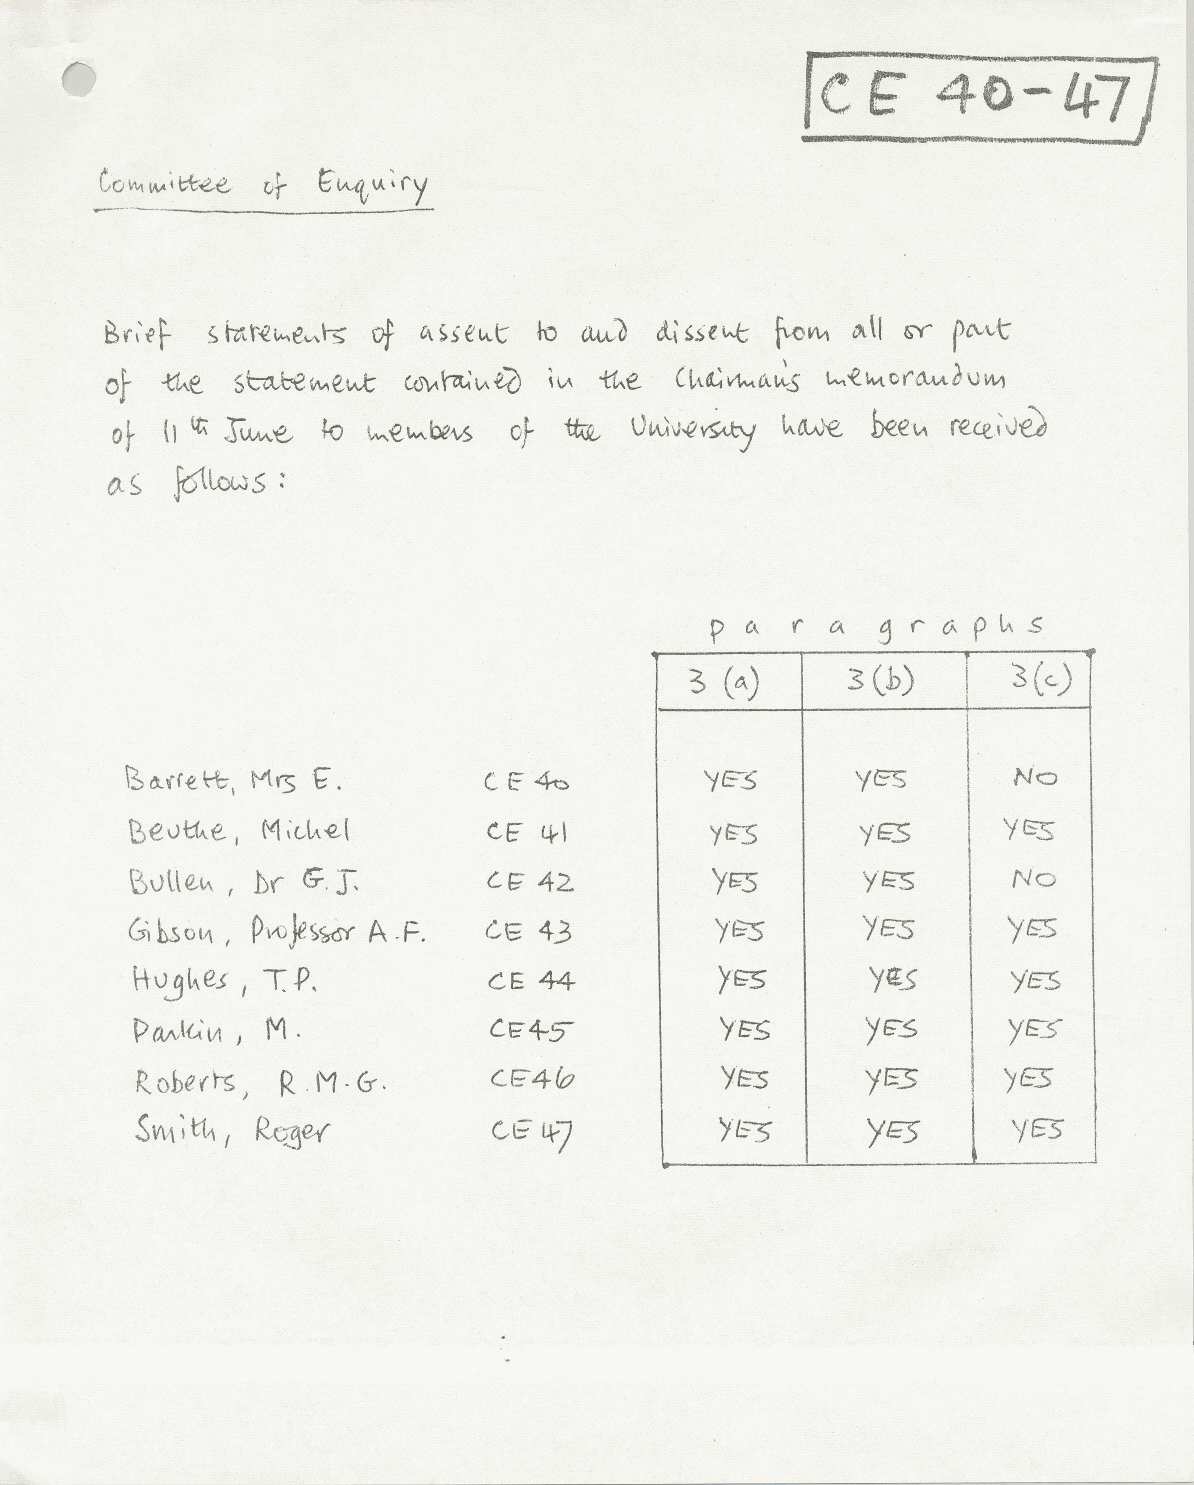
n
 _I
 -'~~.~7]
 [~~j;
 -t -o ---~ lM;IX.e.-e or
 t ~ Vl:(y
 8(\'~~
 ~~N~iMe~~  of C\~.se"'-t!-o au.:a Gl\~.selAt ~{'JVVI~\I GY plV\-t
 or  {lA€. s~"",eVvt ~~\AiO   \\A ~e   n\~~Ct~S  "",-e1.vtcro..u~\J~
 Or  lj It\ .rUM.'€.- t{) 1M€t.,..be'\tS Or ~ 0L-\A\J~~ kcw€- bee~ rece~v€)
 0-~  f61low5:
 P
 c\  (' CA. ,~r 0.. plA$
 3          s«)
 (b)
 3> CA)            1
 I
 ~ ~((~ H:;,Mrsf".       (E~            'ir?s     YES       No
 t)evtke I ('1;GIA~(    GE  ttl        yt:3      y6       Yrss
 No
 B0Ue,I-\ , .Dr ~,J:    Cl; 42         yr;;s     ylZ:S
 G1kso\J\, pvoJe~~ A.F. Gs  43         'lG:5     YES       yss
 t-\-vjl\eJ , T.p,      cl: 44          1'f:5     Yf£5     YE5
 C~4-S-          'l              I
 P (V..,!{,V; I) M.                              YG"".5    Yr:;-S
 I
 CE40                    Y5
 R.obe(~I  R, 1'1-6-.                   YE2S            I YES
 y        yr=s      YE3
 SVV\ tl" ( Rv3<W        G~ 4-7
 ~
 j